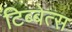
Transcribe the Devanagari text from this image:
टिब्बेत्स